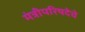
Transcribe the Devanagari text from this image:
मंत्रीपरिषदेचे